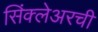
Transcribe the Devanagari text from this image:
सिंक्लेअरची